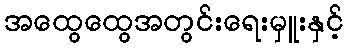
အထွေထွေအတွင်းရေးမှူးနှင့်